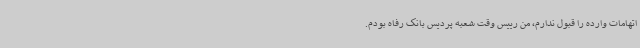
اتهامات وارده را قبول ندارم، من رییس وقت شعبه پردیس بانک رفاه بودم.